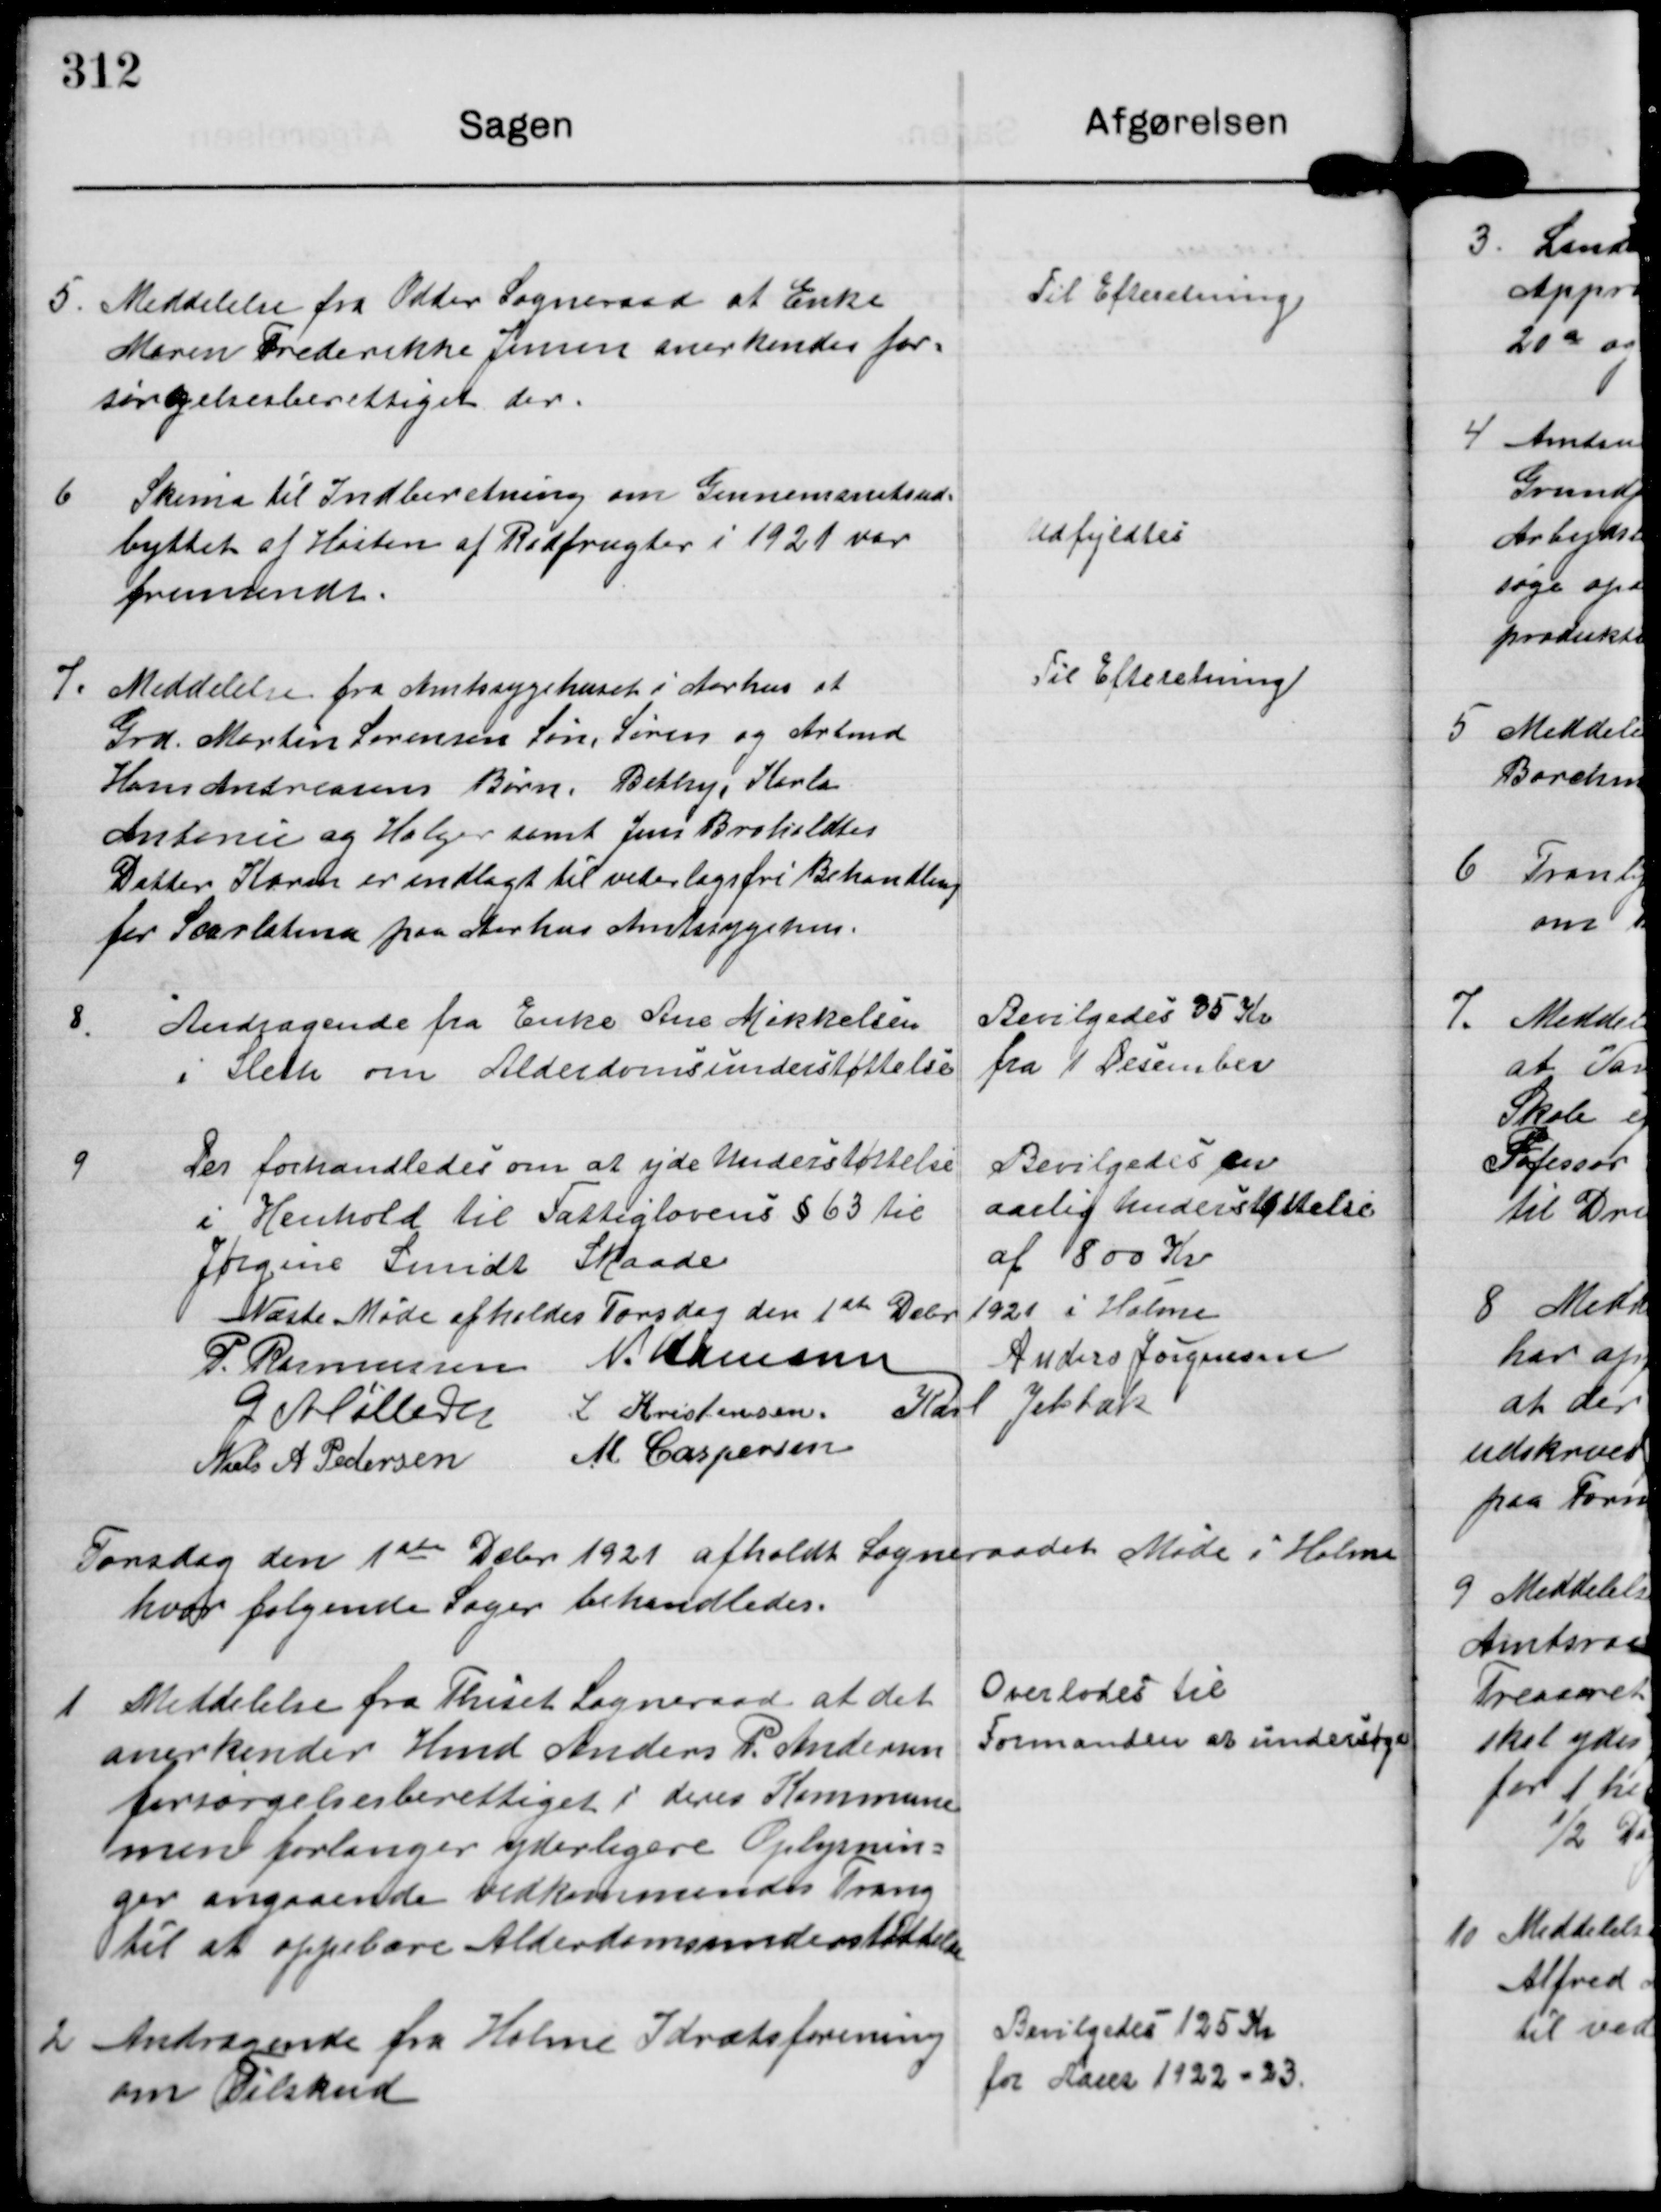
Transskription:
5. Meddelelse fra Odder Sogneraad at Enke
Maren Frederikke Jensen anerkendes for-
sørgelsesberettiget der.

Til Efteretning.

6. Skema til Indberetning om Gennemsnitsud-
byttet af Høsten af Rodfrugter i 1921 var
fremsendt.

Udfyldtes.

7. Meddelelse fra Amtssygehuset i Aarhus at
Grd. Martin Sørensens Søn, Søren og Arbmd
Hans Andreasens Børn, Bethy, Karla
Antonie og Holger samt Jens Broholdtes
Datter Karen er indlagt til vederlagsfri Behandling
for Scarlatina paa Aarhus Amtssygehus

Til Efteretning.

8.

Andragende fra Enke Ane Mikkelsen
i Sleth om Alderdomsunderstøttelse

Bevilgedes 35 Kr
fra 1 Desember

9

Der forhandledes om at yde Understøttelse
i Henhold til Fattiglovens §63 til
Jørgine Smidt Skaade

Bevilgedes en
aarlig understøttelse
af 800 Kr.

Næste Møde afholdes Torsdag den 1st Debr 1921 i Holme

P. Rasmussen N..Hamann Anders Jørgensen
G Møller L Kristensen Karl Jelsbak
Niels A Pedersen M Caspersen

Torsdag den 1ste Debr 1921 afholdt Sogneraadet Møde i Holme
hvor følgende Sager behandledes.

1 Meddelelse fra Thiset Sogneraad at det
anerkender Hmd Anders P. Andersen
forsørgelsesberettiget i deres Kommune
men forlanger yderligere Oplysnin-
ger angaaende vedkommendes Trang
til at oppebære Alderdomsunderstøttelse

Overlodes til
Formanden at undersøge

2 Andragende fra Holme Idrætsforening
om Tilskud

Bevilgedes 125 Kr
for Aaret 1922-23.